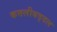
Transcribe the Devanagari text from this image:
कत्तलीबद्दल